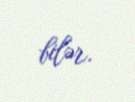
bilər.